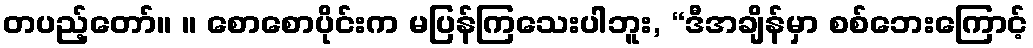
တပည့်တော်။ ။ စောစောပိုင်းက မပြန်ကြသေးပါဘူး, “ဒီအချိန်မှာ စစ်ဘေးကြောင့်